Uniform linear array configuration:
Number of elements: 64
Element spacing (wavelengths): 0.25
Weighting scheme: hamming
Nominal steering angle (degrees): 60
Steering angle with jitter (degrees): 61.444
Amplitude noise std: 0.05
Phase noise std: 0.05

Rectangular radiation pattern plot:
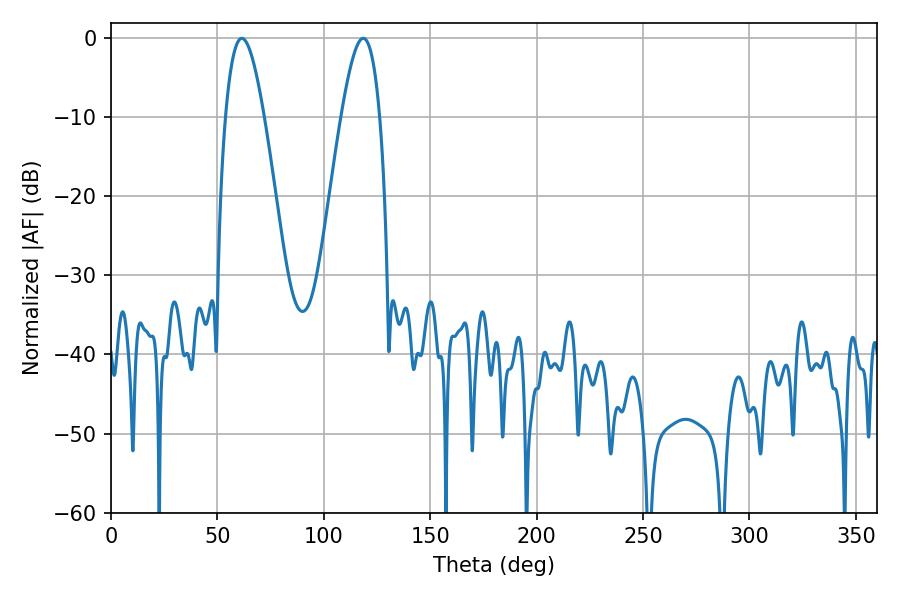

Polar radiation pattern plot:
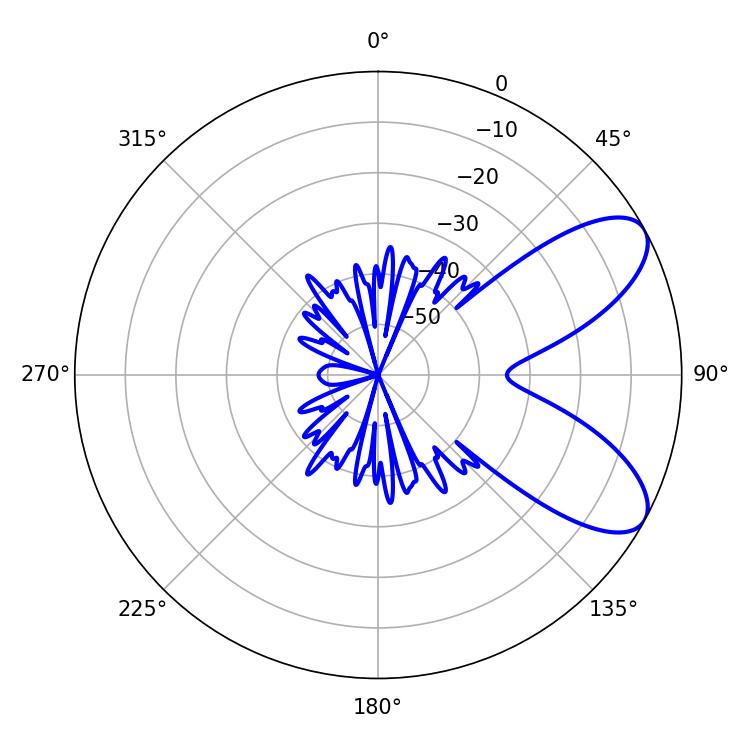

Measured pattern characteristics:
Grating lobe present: FALSE
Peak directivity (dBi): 7.829
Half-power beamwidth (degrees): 9.72
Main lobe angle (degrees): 61.56